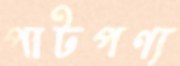
পাটপণ্য